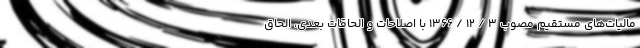
مالیات‌های مستقیم مصوب ۳ / ۱۲ / ۱۳۶۶ با اصلاحات و الحاقات بعدی، الحاق